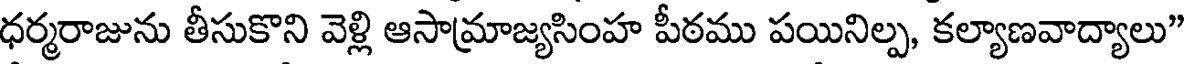
ధర్మరాజును తీసుకొని వెళ్లి ఆసామ్రాజ్యసింహ పీఠము పయినిల్ప, కల్యాణవాద్యాలు"